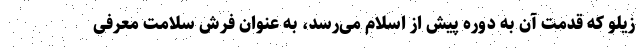
زیلو که قدمت آن به دوره پیش از اسلام می‌رسد، به عنوان فرش سلامت معرفی